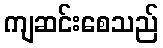
ကျဆင်းစေသည်